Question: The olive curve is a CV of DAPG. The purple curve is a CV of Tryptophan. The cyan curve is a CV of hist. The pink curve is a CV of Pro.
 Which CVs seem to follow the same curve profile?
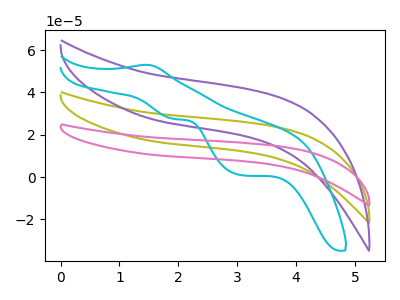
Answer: <think>The olive curve "DAPG" has no peaks. The purple curve "Tryptophan" has no peaks. The cyan curve "hist" has an anodic peak at (1.45V, 53.05uA) and cathodic peaks at (1.90V, 27.50uA) (3.05V, 1.00uA). The pink curve "Pro" has no peaks.
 Neither "DAPG" or "Tryptophan" have any peaks. "DAPG" and "hist" have a different number of peaks. Neither "DAPG" or "Pro" have any peaks. "Tryptophan" and "hist" have a different number of peaks. Neither "Tryptophan" or "Pro" have any peaks. "hist" and "Pro" have a different number of peaks.</think>
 <answer>"Tryptophan", "DAPG" and "Pro" have the same shape and are likely CV's of the same chemical.</answer>
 <eval>"Tryptophan" "DAPG" "Pro"</eval>